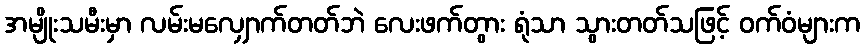
အမျိုးသမီးမှာ လမ်းမလျှောက်တတ်ဘဲ လေးဖက်တွား ရုံသာ သွားတတ်သဖြင့် ဝက်ဝံများက